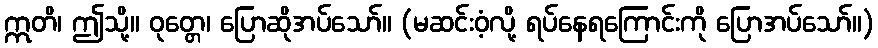
ဣတိ၊ ဤသို့။ ဝုတ္တေ၊ ပြောဆိုအပ်သော်။ (မဆင်းဝံ့လို့ ရပ်နေရကြောင်းကို ပြောအပ်သော်။)